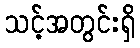
သင့်အတွင်းရှိ